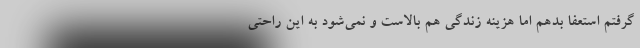
گرفتم استعفا بدهم اما هزینه زندگی هم بالاست و نمی‌شود به این راحتی